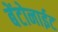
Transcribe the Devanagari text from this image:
बेंटोनाईट